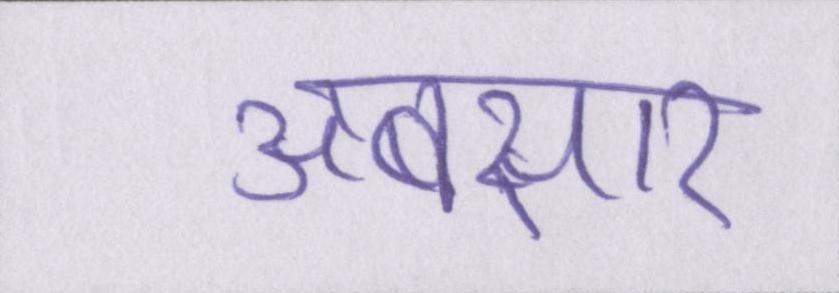
अबसार